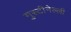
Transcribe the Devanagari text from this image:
गुस्टीनेल्ली